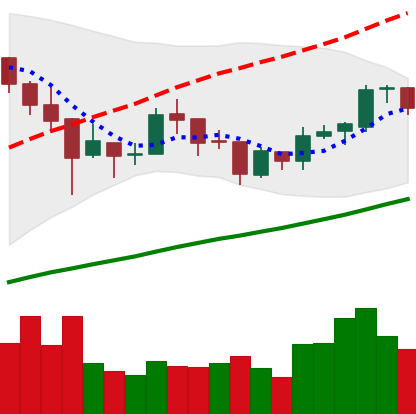
Ticker: BTC-USD
Chart end date: 2018-01-07
Forward return: -15.154%
Label: down_7plus